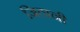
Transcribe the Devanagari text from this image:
जिठानी